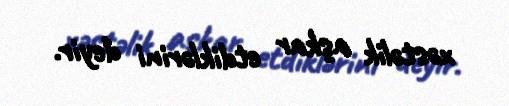
xəstəlik aşkar etdiklərini deyir.